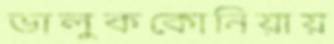
ভালুককোনিয়ায়